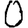
Digit: 0